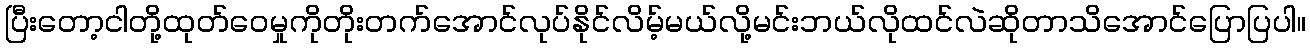
ပြီးတော့ငါတို့ထုတ်ဝေမှုကိုတိုးတက်အောင်လုပ်နိုင်လိမ့်မယ်လို့မင်းဘယ်လိုထင်လဲဆိုတာသိအောင်ပြောပြပါ။